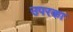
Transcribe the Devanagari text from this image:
उपरका